Vaccination in Bombay 1889-1901 - 1889-1901
Year: 1889
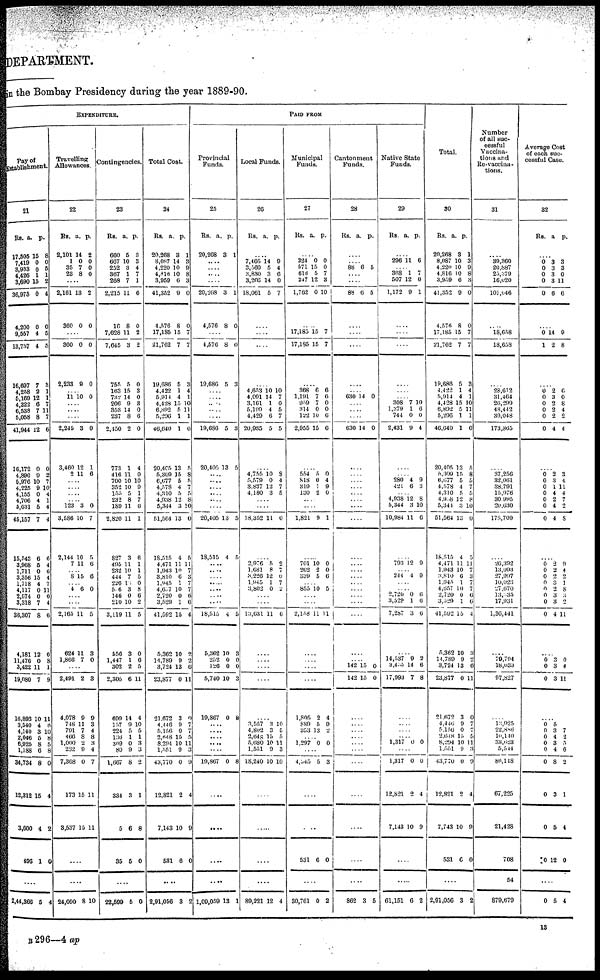
DEPARTMENT.
in the Bombay Presidency during the year 1889-90.
EXPENDITURE.
Pay of
Establishment.
21
Rs.
17,505
7,419
3,933
4,426
3,690
36,975
4,200
9,557
13,757
16,697
4,258
5,169
4,222
6,538
5,058
41,944
16,172
4,890
5,976
4,225
4,155
4,706
5,031
45,157
15,543
3,968
1,711
3,356
1,718
4,117
2,574
3,318
36,307
4,181
11,476
3,422
19,080
16,893
3,540
4,140
2,046
6,925
1,188
34,734
12,312
3,600
496
a.
15
0
0
1
15
0
0
4
4
7
2
12
6
7
8
12
0
9
10
9
0
4
5
7
6
5
0
15
4
0
0
7
8
12
0
11
7
10
4
3
5
8
6
8
15
4
1
p.
8
0
5
1
2
4
0
5
5
3
1
1
7
11
7
6
0
2
7
10
4
1
4
4
6
4
6
4
7
11
0
4
6
0
8
1
9
11
6
10
8
5
8
0
4
2
0
....
2,44,366 5 4
Travelling
Allowances.
22
Rs.
2,101
1
35
23
a.
14
0
7
8
p.
2
0
0
0
....
2,161
360
13
0
2
0
....
360
2,233
0
9
0
0
.... 11 10 0
....
....
....
2,245
3,460
2
3
12
11
0
1
6
....
....
....
....
123
3,586
2,144
7
3
10
10
11
0
7
5
6
....
8 15 6
.... 4 6 0
....
....
2,165
624
1,866
11
11
7
5
8
0
....
2,491
4,078
748
791
466
1,000
282
7,368
173
3,537
2
9
11
7
8 2
9
0
15
15
3
9
3
4
8
3
4
7
11
11
....
....
24,090 8 10
Contingencies.
23
Rs.
660
667
252
867
268
2,215
16
7,628
7,645
755
163
732
206
353
237
2,450
773
416
700
352
155
232
189
2,820
827
495
232
444
226
516
146
210
3,119
556
1,447
302
2,305
699
157
224
136
369
80
1,667
334
5
35
a.
5
10
3
1
7
11
8
11
3
5
15
14
9
14
8
2
1
11
10
10
5
8
11
11
3
11
10
7
15
3
0
10
11
3
1
2
6
14
9
5
1
0
9
8
3
6
5
p.
3
3
4
7
1
6
0
2
2
0
3
0
3
0
6
0
4
0
10
9
1
7
6
1
6
1
1
5
0
8
6
2
5
0
6
5
11
4
10
5
1
3
3
2
1
8
0
....
22,599 5 0
Total Cost.
24
Rs.
20,268
8,087
4,220
4,816
3,959
41,352
4,576
17,185
21,762
19,686
4,422
5,914
4,428
6,892
5,296
46,640
20,405
5,309
6,677
4,578
4,310
4,938
5,344
51,564
18,515
4,471
1,943
3,810
1,945
4,657
2,720
3,529
41,592
5,362
14,789
3,724
23,877
21,672
4,446
5,156
2,648
8,294
1,551
43,770
12,821
7,143
531
a.
3
14
10
10
6
9
8
15
7
5
1
4
15
5
1
1
13
15
5
4
5
12
3
13
4
11
10
6
1
10
0
1
15
10
9
13
0
3
9
0
15
10
9
0
2
10
6
p.
1
3
9
8
3
0
0
7
7
3
4
1
10
11
1
6
5
8 5
7
5
8
10
0
5
11
7
3
7
7
6
6
4
9
2
6
11
0
7
7
5
11
3
9
4
9
0
....
2,91,056 3 2
PAID FROM
Provincial
Funds.
25
Rs.
20,268
a.
3
p.
1
....
....
....
....
20,268
4,576
3
8
1
0
....
4,576
19,686
8
5
0
3
....
....
....
....
....
19,686
20,405
5
13
3
5
....
....
....
....
....
....
20,405
18,515
13
4
5
5
....
....
....
....
....
....
18,515
5,362
252
126
5,740
19,867
4
10
0
0
10
0
5
3
0
0
3
8
....
....
....
....
....
19,867 0 8
....
....
....
....
1,09,059 13 1
Local Funds.
26
Rs. a. p.
...
7,466
3,560
3,830
3,203
18,061
14
5
3
14
5
9
4
6
0
7
....
....
....
....
4,653
4,091
3,161
5,199
4,429
20,935
10
14
1
4
6
5
10
7
0
5
7
5
....
4,755
5,579
3,837
4,180
10
0
12
3
8
4
7
5
....
....
18,352 11 0
....
2,976
1,681
3,226
1,945
3,802
5
8
12
1
0
2
7
0
7
2
....
....
13,631 11 6
....
....
....
....
....
3,557
4,802
2,648
5,680
1,551
18,240
3
3
15
10
9
10
10
5
5
11
3
10
....
....
....
....
89,221 12 4
Municipal
Funds.
27
Rs. a. p.
...
324
571
618
247
1,762
0
15
5
12
0
0
0
7
3
10
....
17,185
17,185
15
15
7
7
....
368
1,191
959
314
122
2,955
6
7
7
0
10
15
6
6
0
0
6
6
....
554
818
319
130
5 0
1
2
0
4
9
0
....
....
1,821 9 1
....
701
262
339
10
2
5
0
0
6
.... 855 10 5
....
....
2,158 11 11
....
....
....
....
1,806
880
353
2
5
13
4
9
2
....
1,297 0 0
....
4,345
5 3
....
....
531 6 0
....
30,761 0 2
Cantonment
Funds.
28
Rs. a. p.
...
...
88 6 5
....
....
88 6 5
....
....
....
....
.... 630 14 0
....
....
....
630 14 0
....
....
....
.... ....
....
....
....
....
....
....
....
....
....
....
....
....
....
.... 142
142
15
15
0
0
....
....
....
....
....
....
....
....
....
....
....
862 3 5
Native State
Funds.
29
Rs.
a. p.
...
296 11 6
... 368
507
1,172
1
12
9
7
0
1
....
....
....
....
....
....
308
1,379
744
2,431
7
1
0
9
10
6
0
4
....
.... 280
421
4
6
9
3
....
4,938
5,344
10,984
12
3
11
8
10
6
....
793 12 9
....
244 4 9
....
....
2,720
3,529
7,287
0
1
3
6
6
6
....
14,537
3,455
17,993
9
14
7
2
6
8
....
....
....
.... 1,317 0 0
....
1,317
12,821
7,143
0
2
10
0
4
9
....
....
61,151 6 2
Total.
30
Rs.
20,268
8,087
4,220
4,816
3,959
41,352
4,576
17,185
21,762
19,686
4,422
5,914
4,428
6,892
5,296
46,640
20,405
5,309
6,677
4,578
4,310
4,928
5,344
51,564
18,515
4,471
1,943
3,810
1,945
4,657
2,720
3,529
41,592
5,362
14,789
3,724
23,877
21,672
4,446
5,156
2,648
8,294
1,551
43,770
12,821
7,743
531
a.
3
10
10
10
6
9
8
15
7
5
1
4
15
5
1
1
13
15
5
4
5
12
3
13
4
11
10
6
1
10
0
1
15
10
9
13
0
3
9
0
15
10
9
0
2
10
6
p.
1
3
9
8
3
0
0
7
7
3
4
1
10
11
1
6
5
8 5
7
5
8
10
0
5
11
7
3
7
7
6
0
4
3
2
6
11
0
7
7
5
11
3
9
4
9
0
....
2,91,056 3 2
Number
of all suc-
cessful
Vaccina-
tions and
Re-vaccina-
tions.
31
...
39,360
20,887
25,379
16,020
101,646
....
18,658
18,658
....
28,612
31,464
26,299
48,442
39,048
173,865
....
37,256
82,061
38,791
15,976
30,995
20,630
175,709
....
26,392
13,093
27,997
10,023
27,670
13,335
17,931
1,36,441
....
79,794
18,033
97,827
....
13,925
22,886
10,140
33,623
5,544
86,118
67,225
21,428
708
54
879,679
Average Cost
of each suc-
cessful Case.
32
Rs. a. p.
...
0
0
0
0
0
3
3
3
3
6
3
3
0
11
6
....
0
1
14
2
9
8
....
0
0
0
0
0
0
2
3
2
2
2
4
6
0
8
4
2
4
....
6 0
0
0
0
0
0
2
3
1
4
2
4
4
3
4
11
4
7
2
8
....
0 0
0
0
0
0
0
0
2
2
2
3
2
3
3
4
9
4
2
1
8
3
2
11
....
0
0
0
3
3
3
0
4
11
....
0
0
0
0
0
0
0
0
10
5
3
4
3
4
8
3
5
12
7
2
5
6
2
1
4
0
....
0 5 4
B 296—4 ap
13